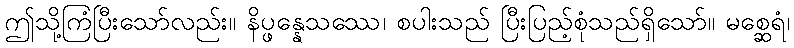
ဤသို့ကြံပြီးသော်လည်း။ နိပ္ဖန္နေသဿေ၊ စပါးသည် ပြီးပြည့်စုံသည်ရှိသော်။ မစ္ဆေရံ၊